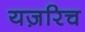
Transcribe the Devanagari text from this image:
यज़रिच